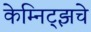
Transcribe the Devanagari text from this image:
केम्निट्झचे